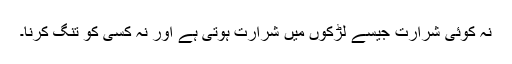
نہ کوئی شرارت جیسے لڑکوں میں شرارت ہوتی ہے اور نہ کسی کو تنگ کرنا۔